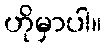
ဟိုမှာပါ။